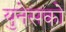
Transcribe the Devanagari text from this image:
युनेसको